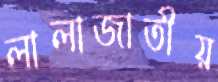
লালাজাতীয়